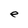
Character: e